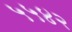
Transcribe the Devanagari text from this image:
५५४२